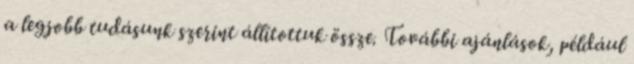
a legjobb tudásunk szerint állítottuk össze. További ajánlások, például